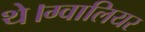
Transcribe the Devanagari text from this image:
थे।ग्वालियर